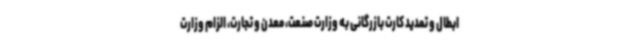
ابطال و تمدید کارت بازرگانی به وزارت صنعت، معدن و تجارت، الزام وزارت